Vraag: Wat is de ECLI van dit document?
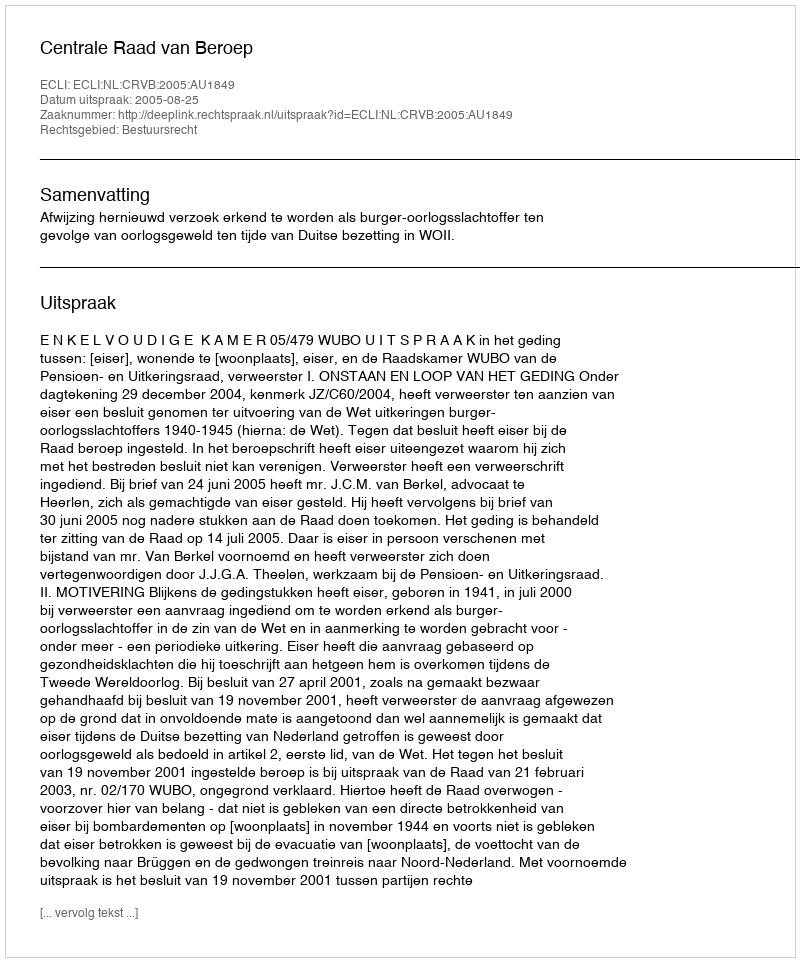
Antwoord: ECLI:NL:CRVB:2005:AU1849